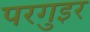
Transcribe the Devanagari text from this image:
परगुइर